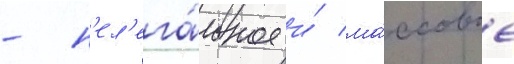
- н'ел'ега́льное и́ ма́ссовое